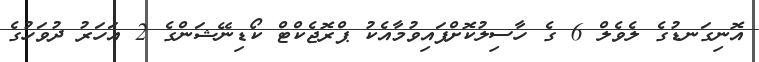
އޮނިގަނޑުގެ ލެވެލް 6 ގެ ހާސިލުކޮށްފައިވުމާއެކު ޕްރޮޖެކްޓް ކޯޑިނޭޝަންގެ 2 އަހަރު ދުވަހުގެ